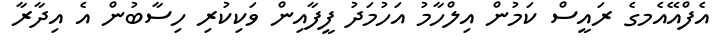
އެފްއޭއެމގެ ރައީސް ކަމުން އިލްހާމު އަހުމަދު ފީފާއިން ވަކިކުރި ހިސާބުން އެ އިދާރާ